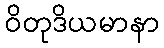
ဝိတုဒိယမာနာ